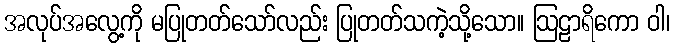
အလုပ်အလွေ့ကို မပြုတတ်သော်လည်း ပြုတတ်သကဲ့သို့သော။ ဩဠာရိကော ဝါ၊